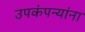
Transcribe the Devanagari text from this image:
उपकंपन्यांना